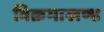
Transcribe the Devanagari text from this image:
विक्रमाखण्ड